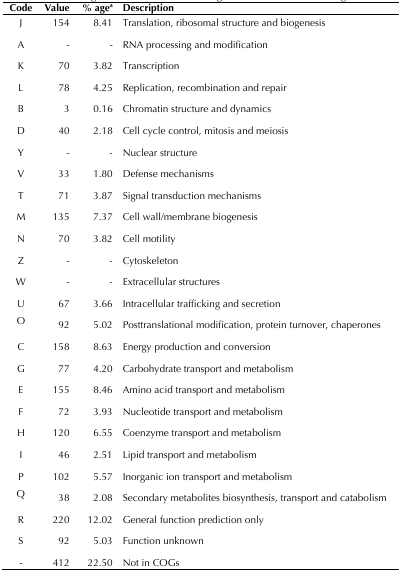
<table><thead><tr><td><b>Code</b></td><td><b>Value</b></td><td><b>% age<sup>a</sup></b></td><td><b>Description</b></td></tr></thead><tbody><tr><td>J</td><td>154</td><td>8.41</td><td>Translation, ribosomal structure and biogenesis</td></tr><tr><td>A</td><td>-</td><td>-</td><td>RNA processing and modification</td></tr><tr><td>K</td><td>70</td><td>3.82</td><td>Transcription</td></tr><tr><td>L</td><td>78</td><td>4.25</td><td>Replication, recombination and repair</td></tr><tr><td>B</td><td>3</td><td>0.16</td><td>Chromatin structure and dynamics</td></tr><tr><td>D</td><td>40</td><td>2.18</td><td>Cell cycle control, mitosis and meiosis</td></tr><tr><td>Y</td><td>-</td><td>-</td><td>Nuclear structure</td></tr><tr><td>V</td><td>33</td><td>1.80</td><td>Defense mechanisms</td></tr><tr><td>T</td><td>71</td><td>3.87</td><td>Signal transduction mechanisms</td></tr><tr><td>M</td><td>135</td><td>7.37</td><td>Cell wall/membrane biogenesis</td></tr><tr><td>N</td><td>70</td><td>3.82</td><td>Cell motility</td></tr><tr><td>Z</td><td>-</td><td>-</td><td>Cytoskeleton</td></tr><tr><td>W</td><td>-</td><td>-</td><td>Extracellular structures</td></tr><tr><td>U</td><td>67</td><td>3.66</td><td>Intracellular trafficking and secretion</td></tr><tr><td>O</td><td>92</td><td>5.02</td><td>Posttranslational modification, protein turnover, chaperones</td></tr><tr><td>C</td><td>158</td><td>8.63</td><td>Energy production and conversion</td></tr><tr><td>G</td><td>77</td><td>4.20</td><td>Carbohydrate transport and metabolism</td></tr><tr><td>E</td><td>155</td><td>8.46</td><td>Amino acid transport and metabolism</td></tr><tr><td>F</td><td>72</td><td>3.93</td><td>Nucleotide transport and metabolism</td></tr><tr><td>H</td><td>120</td><td>6.55</td><td>Coenzyme transport and metabolism</td></tr><tr><td>I</td><td>46</td><td>2.51</td><td>Lipid transport and metabolism</td></tr><tr><td>P</td><td>102</td><td>5.57</td><td>Inorganic ion transport and metabolism</td></tr><tr><td>Q</td><td>38</td><td>2.08</td><td>Secondary metabolites biosynthesis, transport and catabolism</td></tr><tr><td>R</td><td>220</td><td>12.02</td><td>General function prediction only</td></tr><tr><td>S</td><td>92</td><td>5.03</td><td>Function unknown</td></tr><tr><td>-</td><td>412</td><td>22.50</td><td>Not in COGs</td></tr></tbody></table>